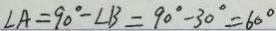
\angle A = 9 0 ^ { \circ } - \angle B = 9 0 ^ { \circ } - 3 0 ^ { \circ } = 6 0 ^ { \circ }